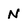
Character: N